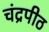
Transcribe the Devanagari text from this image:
चंद्रपीठ